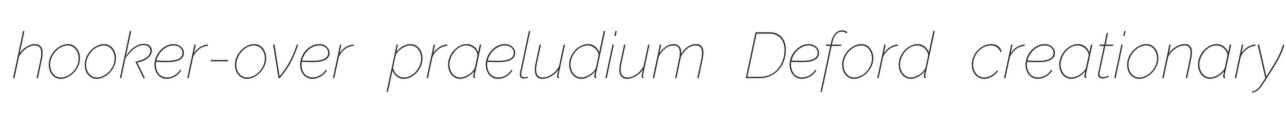
hooker-over praeludium Deford creationary